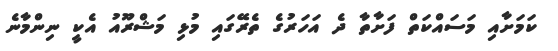
ކަމަށާއި މަސައްކަތް ފަށާތާ ދެ އަހަރުގެ ތެރޭގައި މުޅި މަޝްރޫއު އެކީ ނިންމާނެ